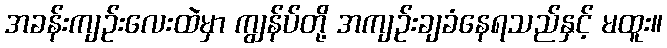
အခန်းကျဉ်းလေးထဲမှာ ကျွန်ပ်တို့ အကျဉ်းချခံနေရသည်နှင့် မထူး။